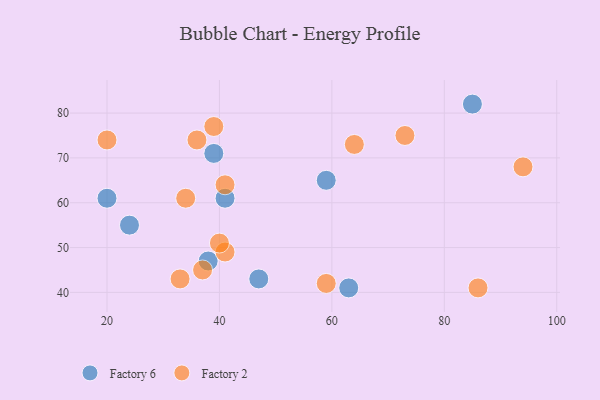
{"axis": {"x": "GDP", "y": "Life Expectancy"}, "legend": ["Factory 2", "Factory 6"], "data": [{"x": "39", "y": 71, "type": "Factory 6"}, {"x": "38", "y": 47, "type": "Factory 6"}, {"x": "41", "y": 61, "type": "Factory 6"}, {"x": "63", "y": 41, "type": "Factory 6"}, {"x": "47", "y": 43, "type": "Factory 6"}, {"x": "59", "y": 65, "type": "Factory 6"}, {"x": "24", "y": 55, "type": "Factory 6"}, {"x": "85", "y": 82, "type": "Factory 6"}, {"x": "20", "y": 61, "type": "Factory 6"}, {"x": "39", "y": 77, "type": "Factory 2"}, {"x": "34", "y": 61, "type": "Factory 2"}, {"x": "86", "y": 41, "type": "Factory 2"}, {"x": "94", "y": 68, "type": "Factory 2"}, {"x": "20", "y": 74, "type": "Factory 2"}, {"x": "37", "y": 45, "type": "Factory 2"}, {"x": "59", "y": 42, "type": "Factory 2"}, {"x": "33", "y": 43, "type": "Factory 2"}, {"x": "41", "y": 64, "type": "Factory 2"}, {"x": "64", "y": 73, "type": "Factory 2"}, {"x": "41", "y": 49, "type": "Factory 2"}, {"x": "36", "y": 74, "type": "Factory 2"}, {"x": "73", "y": 75, "type": "Factory 2"}, {"x": "40", "y": 51, "type": "Factory 2"}]}